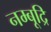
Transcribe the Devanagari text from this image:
नम्बूद्रि